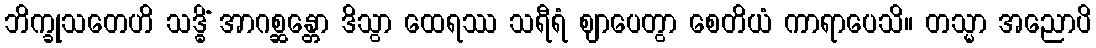
ဘိက္ခုသတေဟိ သဒ္ဓိံ အာဂစ္ဆန္တော ဒိသွာ ထေရဿ သရီရံ ဈာပေတွာ စေတိယံ ကာရာပေသိ။ တသ္မာ အညောပိ